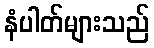
နံပါတ်များသည်